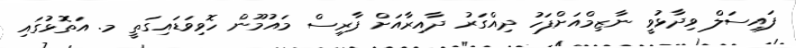
ފައިސަލް ވިދާޅުވީ ނާޒިމްއަށްފަހު ދިއްގަރު ދާއިރާއަށް ފާރިސް މައުމޫން ހޮވިވަޑައިގަތީ މ. އަތޮޅުގައި